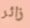
زائر